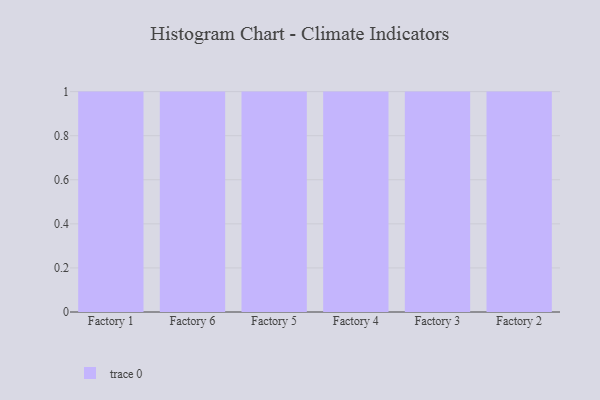
{"axis": {"x": "Factory", "y": "Conversion Rate (%)"}, "legend": [""], "data": [{"x": "Factory 1", "y": 51, "type": ""}, {"x": "Factory 6", "y": 33, "type": ""}, {"x": "Factory 5", "y": 88, "type": ""}, {"x": "Factory 4", "y": 24, "type": ""}, {"x": "Factory 3", "y": 37, "type": ""}, {"x": "Factory 2", "y": 76, "type": ""}]}